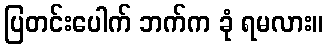
ပြတင်းပေါက် ဘက်က ခုံ ရမလား။